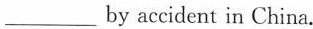
___by accident in China.